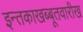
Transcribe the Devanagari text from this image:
इन्तकाखब्बूतवारीख